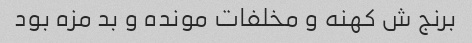
برنج ش کهنه و مخلفات مونده و بد مزه بود